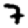
Digit: 7